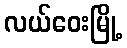
လယ်ဝေးမြို့